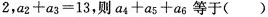
2.$$a _ { 2 } + a _ { 3 } = 1 3$$，则$$a _ { 4 } + a _ { 5 } + a _ { 6 }$$等于（）